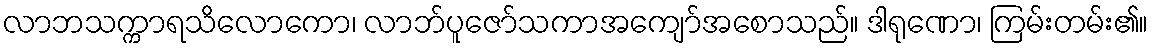
လာဘသက္ကာရသိလောကော၊ လာဘ်ပူဇော်သကာအကျော်အစောသည်။ ဒါရုဏော၊ ကြမ်းတမ်း၏။